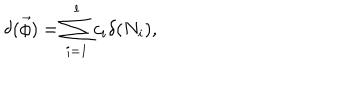
\delta ( \vec { \phi } ) = \sum _ { i = 1 } ^ { l } c _ { i } \delta ( N _ { i } ) ,